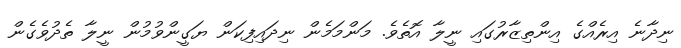
ނިދާނެ އިރެއްގެ އިންތިޒާރުގައި ނީލާ އޮތެވެ. މަންމަމެން ނިދައިފިކަން ޔަގީންވުމުން ނީލާ ތެދުވެގެން